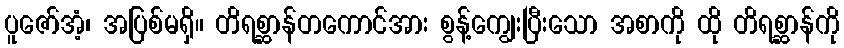
ပူဇော်အံ့၊ အပြစ်မရှိ။ တိရစ္ဆာန်တကောင်အား စွန့်ကျွေးပြီးသော အစာကို ထို တိရစ္ဆာန်ကို